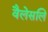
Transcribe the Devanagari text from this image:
वैलेसलि